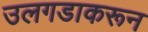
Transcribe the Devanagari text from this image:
उलगडाकरून